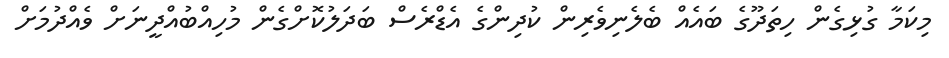
މިކަމާ ގުޅިގެން ހިތަދޫގެ ބައެއް ބެލެނިވެރިން ކުދިންގެ އެޑްރެސް ބަދަލުކޮށްގެން މުހިއްބުއްދީނަށް ވެއްދުމަށް